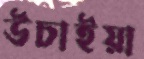
উচাইয়া